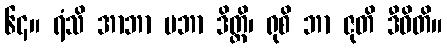
၆၄။ ရံသိ အာဘာ ပဘာ ဒိတ္တိ၊ ရုစိ ဘာ ဇုတိ ဒီဓိတိ။